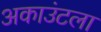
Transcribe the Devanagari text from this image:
अकाउंटला